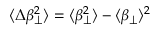
\langle \Delta \beta _ { \perp } ^ { 2 } \rangle = \langle \beta _ { \perp } ^ { 2 } \rangle - \langle \beta _ { \perp } \rangle ^ { 2 }